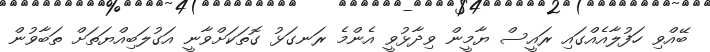
ބޭއްވި ހަފުލާއެއްގައި ރައީސް ޔާމީން ވިދާޅުވީ އެންމެ ރަނގަޅު ގޮތަކަށްވާނީ އަގުލަބިއްޔަތަށް ތަބާވުން